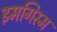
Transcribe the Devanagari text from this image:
इमगिस्म